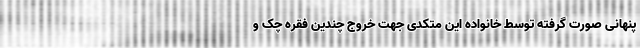
پنهانی صورت گرفته توسط خانواده این متکدی جهت خروج چندین فقره چک و